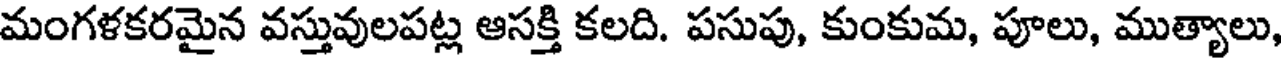
మంగళకరమైన వస్తువులపట్ల ఆసక్తి కలది. పసుపు, కుంకుమ, పూలు, ముత్యాలు,